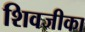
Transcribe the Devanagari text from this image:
शिवजीका